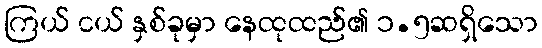
ကြယ် ငယ် နှစ်ခုမှာ နေထုထည်၏ ၁.၅ဆရှိသော